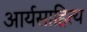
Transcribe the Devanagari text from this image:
आर्यसाहित्य